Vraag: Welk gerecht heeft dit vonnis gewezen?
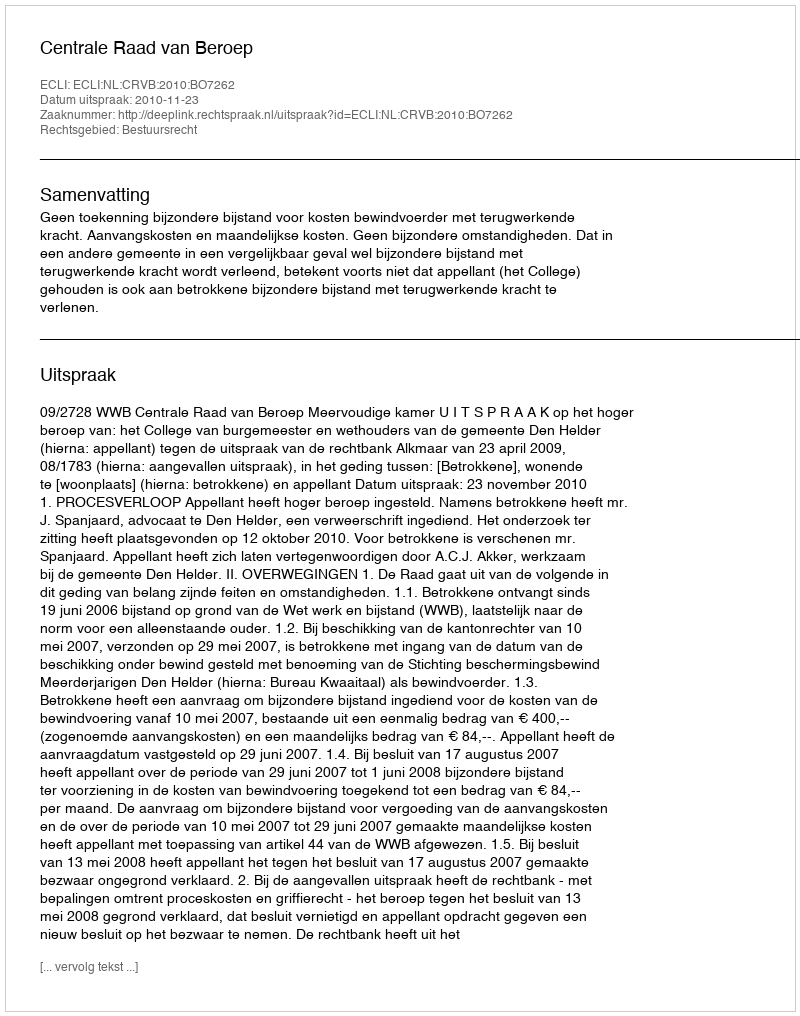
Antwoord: Centrale Raad van Beroep